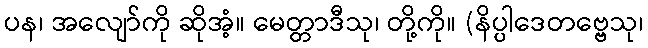
ပန၊ အလျော်ကို ဆိုအံ့။ မေတ္တာဒီသု၊ တို့ကို။ (နိပ္ပါဒေတဗ္ဗေသု၊